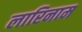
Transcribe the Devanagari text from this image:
लारिनाम